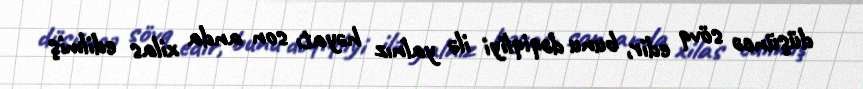
düşüncə sövq edir, bunu dəqiqliyi ilə yalnız həyatı son anda xilas edilmiş